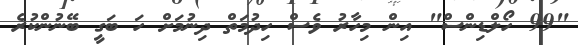
"99 ހޯލްޑިންސް" އިން މިހާރު ވެސް ހިދުމަތް ދިނުމަށް ހަ ބަގީ ބޭނުންކުރެ